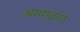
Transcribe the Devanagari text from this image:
आषाढांत